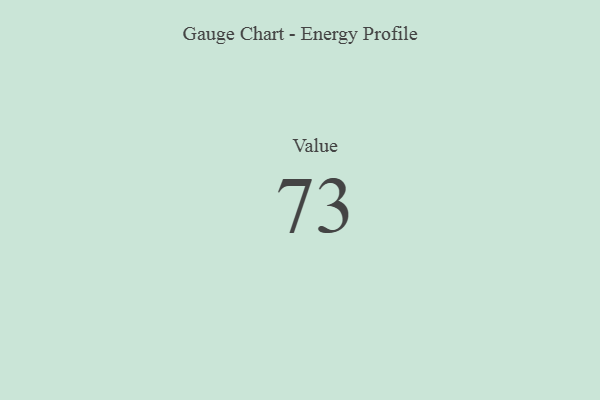
{"axis": {"x": "Metric", "y": "Value"}, "legend": [""], "data": [{"x": "Value", "y": 73, "type": ""}]}